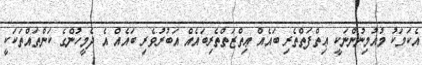
އެކަމަކު މުއުމިނުންނަކީ ޢިތްފަތްތެރި ބައެއް ޢިތްޒަތްތެރިބައެއް އަބުރުވެރި ބައެއް އެ ދެމީހުންގެ ކަންތައްތަކަކީ